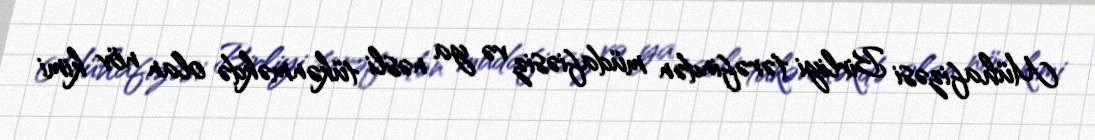
Mühafizəsi Birliyi tərəfindən müdafiəsiz və ya nəsli tükənməkdə olan növ kimi